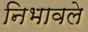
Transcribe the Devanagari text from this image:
निभावले